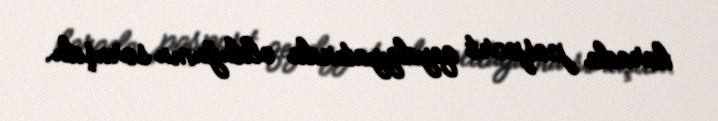
harada pasport qeydiyyatında olduğumu soruşdu.